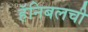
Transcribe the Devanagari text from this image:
हॅनिबलची